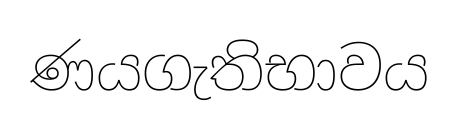
ණයගැතිභාවය